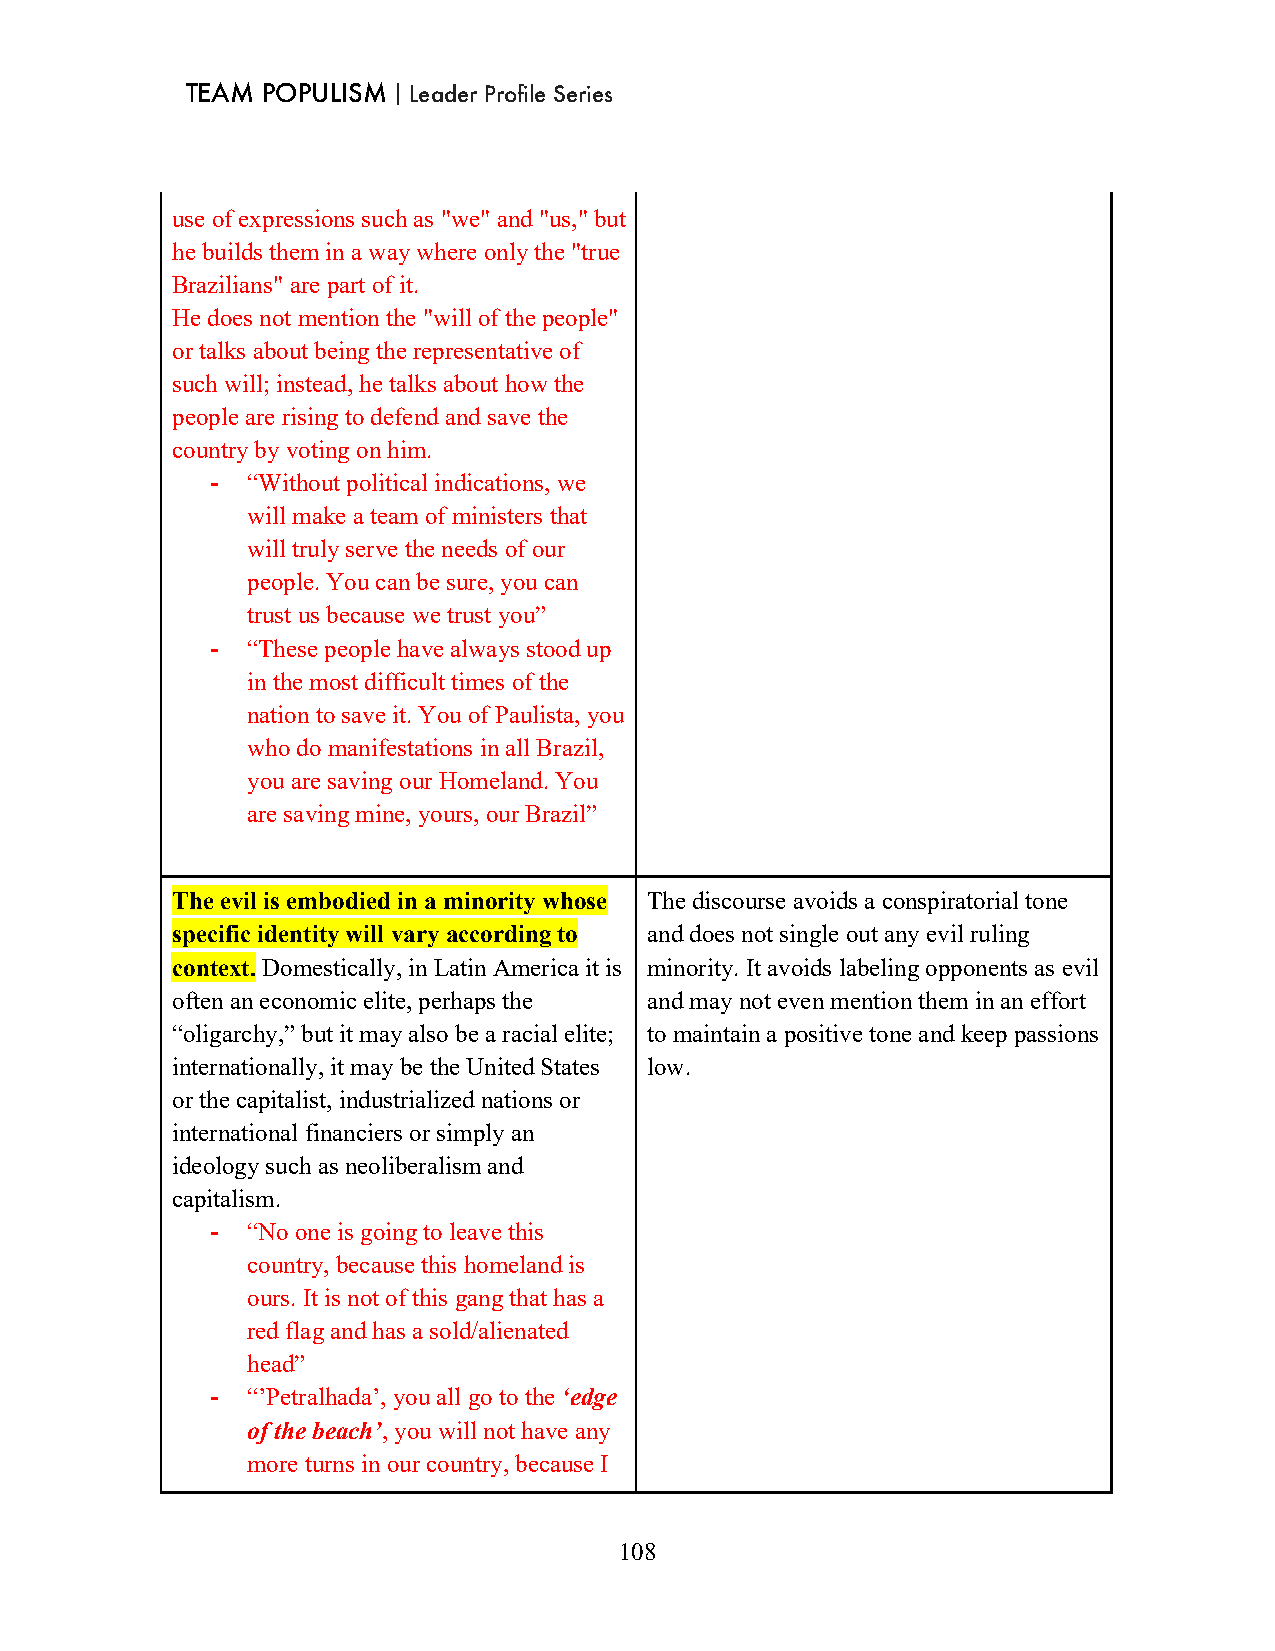
TEAM POPULISM｜Leader Profile Series
 use of expressions such as "we" and "us," but
 he builds them in a way where only the "true
 Brazilians" are part of it.
 He does not mention the "will of the people"
 or talks about being the representative of
 such will; instead, he talks about how the
 people are rising to defend and save the
 country by voting on him.
 - “Without political indications, we
 will make a team of ministers that
 will truly serve the needs of our
 people. You can be sure, you can
 trust us because we trust you”
 - “These people have always stood up
 in the most difficult times of the
 nation to save it. You of Paulista, you
 who do manifestations in all Brazil,
 you are saving our Homeland. You
 are saving mine, yours, our Brazil”
 The evil is embodied in a minority whose The discourse avoids a conspiratorial tone
 specific identity will vary according to and does not single out any evil ruling
 context. Domestically, in Latin America it is minority. It avoids labeling opponents as evil
 often an economic elite, perhaps the and may not even mention them in an effort
 “oligarchy,” but it may also be a racial elite; to maintain a positive tone and keep passions
 internationally, it may be the United States low.
 or the capitalist, industrialized nations or
 international financiers or simply an
 ideology such as neoliberalism and
 capitalism.
 - “No one is going to leave this
 country, because this homeland is
 ours. It is not of this gang that has a
 red flag and has a sold/alienated
 head”
 - “’Petralhada’, you all go to the ‘edge
 of the beach’, you will not have any
 more turns in our country, because I
 108